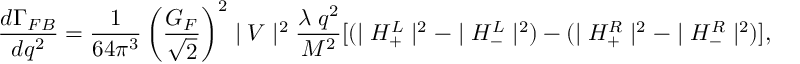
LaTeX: \displaystyle \frac { d \Gamma _ { F B } } { d q ^ { 2 } } = \displaystyle \frac { 1 } { 6 4 \pi ^ { 3 } } \left( \frac { G _ { F } } { \sqrt { 2 } } \right) ^ { 2 } \mid V \mid ^ { 2 } \frac { \lambda \; q ^ { 2 } } { M ^ { 2 } } [ ( \mid H _ { + } ^ { L } \mid ^ { 2 } - \mid H _ { - } ^ { L } \mid ^ { 2 } ) - ( \mid H _ { + } ^ { R } \mid ^ { 2 } - \mid H _ { - } ^ { R } \mid ^ { 2 } ) ] ,